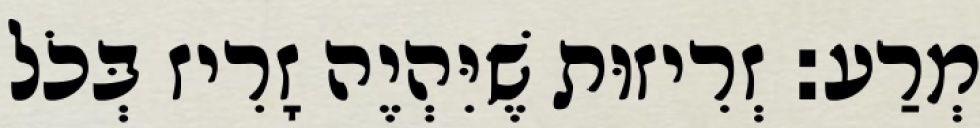
מְרַע: זְרִיזוּת שֶׁיִּהְיֶה זָרִיז בְּכֹל